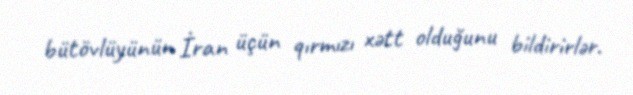
bütövlüyünün İran üçün qırmızı xətt olduğunu bildirirlər.